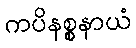
ကပိနစ္စနာယံ